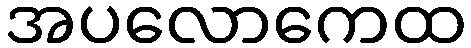
အပလောကေထ